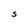
Character: S